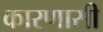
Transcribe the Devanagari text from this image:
कारणासी